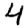
Digit: 4